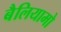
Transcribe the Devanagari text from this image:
बैलियामो